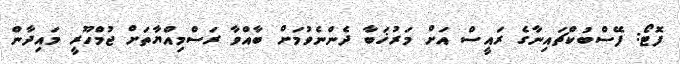
ފޮޓޯ: ފޭސްބުކްޗައިނާގެ ރައީސް އަށް މަރުޚަބާ ދެންނެވުމަށް ބާއްވާ ރަސްމިއްޔާތަށް ޖުމްހޫރީ މައިދާން